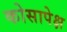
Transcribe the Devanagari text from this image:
कोसापेक्ष